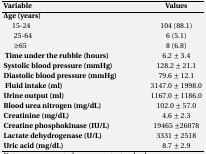
<table><thead><tr><td><b>Variable</b></td><td><b>Value</b></td></tr><tr><td><b>Age (year)</b></td><td></td></tr></thead><tbody><tr><td>15-24</td><td>104 (88.1)</td></tr><tr><td>25-64</td><td>6 (5.1)</td></tr><tr><td>≥65</td><td>8 (6.8)</td></tr><tr><td><b>Time under the rubble (hour)</b></td><td>6.2 ± 3.4</td></tr><tr><td><b>Systolic blood pressure (mmHg)</b></td><td>128.2 ± 21.1</td></tr><tr><td><b>Diastolic blood pressure (mmHg)</b></td><td>79.6 ± 12.1</td></tr><tr><td><b>Fluid intake (ml)</b></td><td>3147.0 ± 1998.0</td></tr><tr><td><b>Urine output (ml)</b></td><td>1167.0 ± 1186.0</td></tr><tr><td><b>Blood urea nitrogen (mg/dL)</b></td><td>102.0 ± 57.0</td></tr><tr><td><b>Creatinine</b><b>(mg/dL)</b></td><td>4.6 ± 2.3</td></tr><tr><td><b>Creatine phosphokinase</b><b>(IU/L)</b></td><td>19465 ±26078</td></tr><tr><td><b>Lactate dehydrogenase</b><b>(U/L)</b></td><td>3331 ± 2518</td></tr><tr><td><b>Uric acid</b><b>(mg/dL)</b></td><td>8.7 ± 2.9</td></tr></tbody></table>